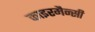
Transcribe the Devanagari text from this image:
काइरमैन्सी